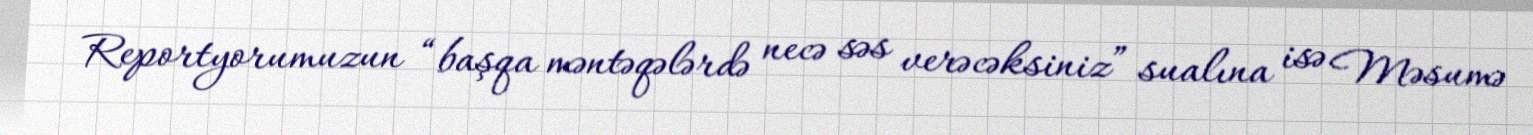
Reportyorumuzun “başqa məntəqələrdə necə səs verəcəksiniz” sualına isə Məsumə